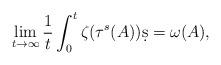
LaTeX: \begin{align*}\lim_{t\rightarrow\infty}\frac1t\int_0^t\zeta(\tau^s(A))\d s =\omega(A),\end{align*}